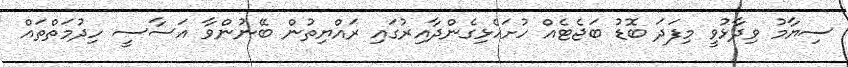
ސިޔާމު ވިދާޅުވީ މިފަދަ ބޮޑު ބަޖެޓެއް ހުށަހެޅިގެންދާއިރުގައި ރައްޔިތުން ބޭނުންވާ އަސާސީ ހިދުމަތްތައް